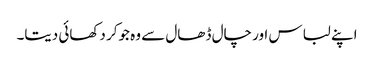
اپنے لباس اور چال ڈھال سے وہ جوکر دکھائی دیتا۔